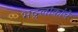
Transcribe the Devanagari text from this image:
भद्रलोकांचे